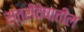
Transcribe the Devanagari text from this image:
स्त्रीवेषातील